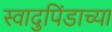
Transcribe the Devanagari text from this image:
स्वादुपिंडाच्या